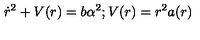
\dot { r } ^ { 2 } + V ( r ) = b \alpha ^ { 2 } ; V ( r ) = r ^ { 2 } a ( r )